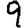
Digit: 9